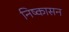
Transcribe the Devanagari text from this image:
निष्‍कासन